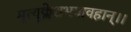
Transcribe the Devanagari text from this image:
मृत्युक्लेशभयावहान्।।